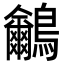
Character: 𪈕